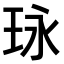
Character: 𤤯